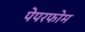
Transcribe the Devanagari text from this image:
पेपरफोम